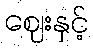
ဈေးနှင့်